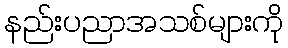
နည်းပညာအသစ်များကို